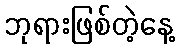
ဘုရားဖြစ်တဲ့နေ့